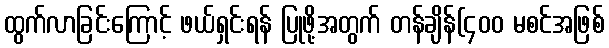
ထွက်လာခြင်းကြောင့် ဖယ်ရှင်းရန် ပြုဖို့အတွက် တန်ချိန်(၄၀၀ မစင်အဖြစ်